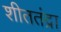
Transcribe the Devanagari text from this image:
शीततंद्रा